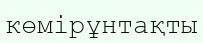
көмірұнтақты